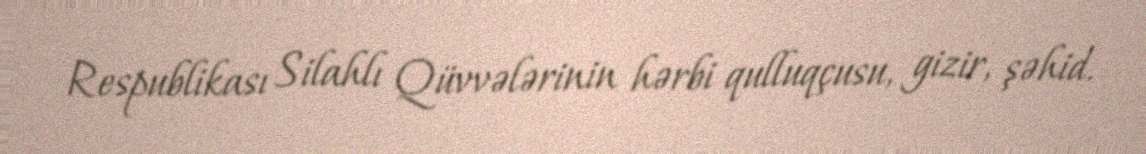
Respublikası Silahlı Qüvvələrinin hərbi qulluqçusu, gizir, şəhid.